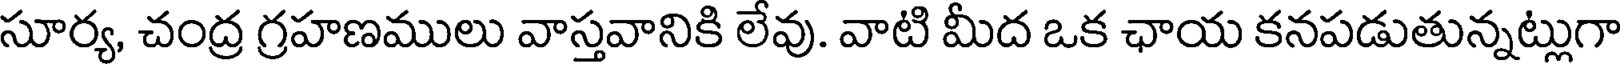
సూర్య, చంద్ర గ్రహణములు వాస్తవానికి లేవు. వాటి మీద ఒక ఛాయ కనపడుతున్నట్లుగా